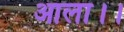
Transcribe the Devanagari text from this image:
आला।।